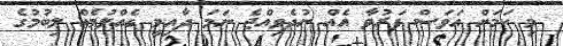
މި ކަމަށް އަވަސް ފަރުވާ އެއް ނުދެވިއްޖެ ނަމަ ދާއިމީ ގެއްލުމެއް ލިބުމުގެ